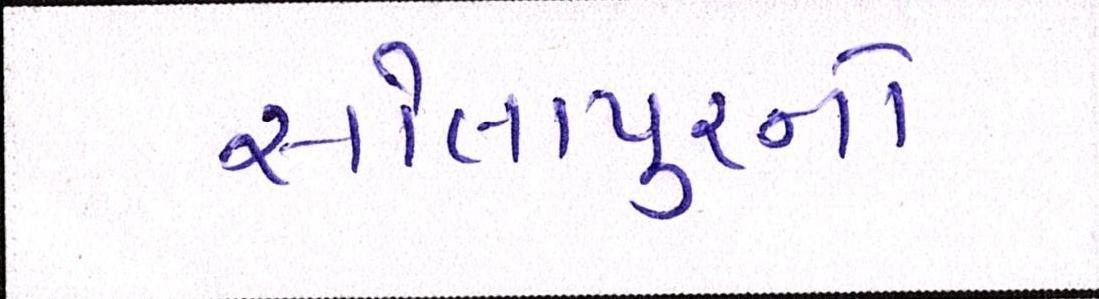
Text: સોલાપુરનો